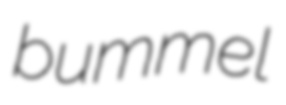
bummel